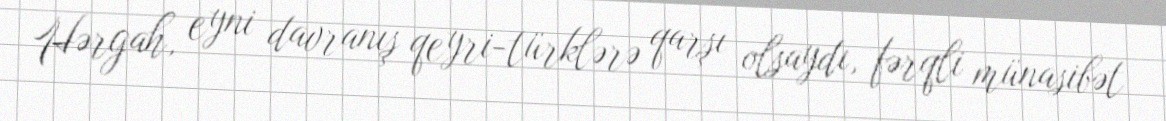
Hərgah, eyni davranış qeyri-türklərə qarşı olsaydı, fərqli münasibət